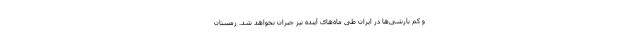
و کم بارشی‌ها در ایران طی ماه‌های آینده نیز جبران نخواهد شد. زمستان